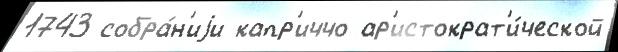
1743 собра́н'иjи капр'иччо ар'истократ'и́ческой